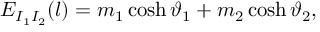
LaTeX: E _ { I _ { 1 } I _ { 2 } } ( l ) = m _ { 1 } \cosh \vartheta _ { 1 } + m _ { 2 } \cosh \vartheta _ { 2 } ,